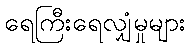
ရေကြီးရေလျှံမှုများ